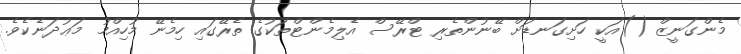
މެންގަނީޒް ()އަކީ ހަށިގަނޑަށް ބޭނުންތެރި ޓްރޭސް އެލިމެންޓްތަކުގެ ތެރޭގައި ހިމެނޭ މުހިއްމު މަޢުދަނެކެވެ.